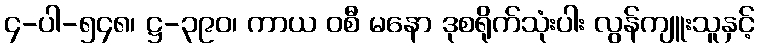
၄-ပါ-၅၄၈၊ ဋ္ဌ-၃၉၀၊ ကာယ ဝစီ မနော ဒုစရိုက်သုံးပါး လွန်ကျူးသူနှင့်